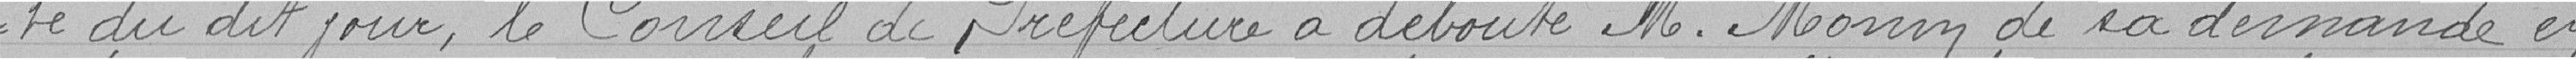
té du dit jour, le Conseil de Préfecture a débouté M. Monin de sa demande en